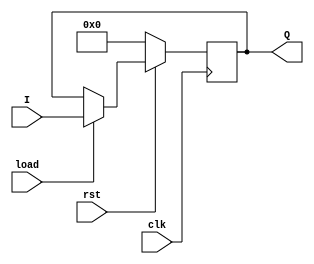
// ECE6370
// Load Register
// The load register holds the input and when the button is pressed or when there
// is a control signal then the output of the register equals the input.
// In this code when the load is 1 then the input of the register is sent to the 
// output of the register. 

module loadRegister(I, clk, rst, load, Q);
  input [3:0] I;
  input clk, rst, load;
  output [3:0] Q;
  reg [3:0] Q;
  

  always@(posedge clk) begin
    if(rst == 0)
      begin
	Q <= 4'b0000;
      end
    else
      begin
  	if(load == 1)
	  begin
  	    Q <= I;
	  end
      end
  end
endmodule